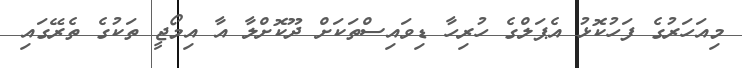
މިއަހަރުގެ ފަހުކޮޅު އެޕަލްގެ ހުރިހާ ޑިވައިސްތަކަށް ދޫކޮށްލާ އާ އިމޯޖީ ތަކުގެ ތެރޭގައި